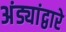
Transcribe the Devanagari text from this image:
अंड्यांद्वारे